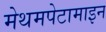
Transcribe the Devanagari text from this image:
मेथमपेटामाइन